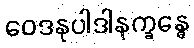
ဝေဒနုပါဒါနက္ခန္ဓေ